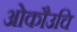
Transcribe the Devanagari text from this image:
ओकौउचि